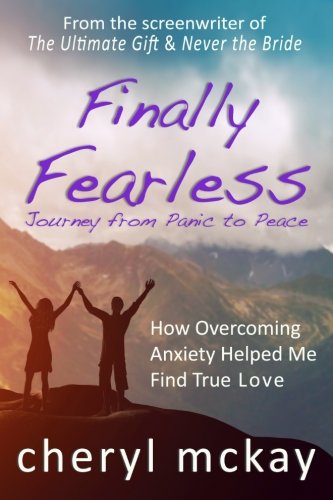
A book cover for Finally Fearless: Journey from Panic to Peace; Cheryl McKay; Religion & Spirituality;